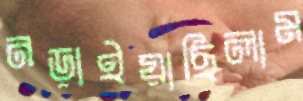
নড়াইয়াছিলাম